Vaccination in Bombay 1924-1928 - 1924-1928
Year: 1924
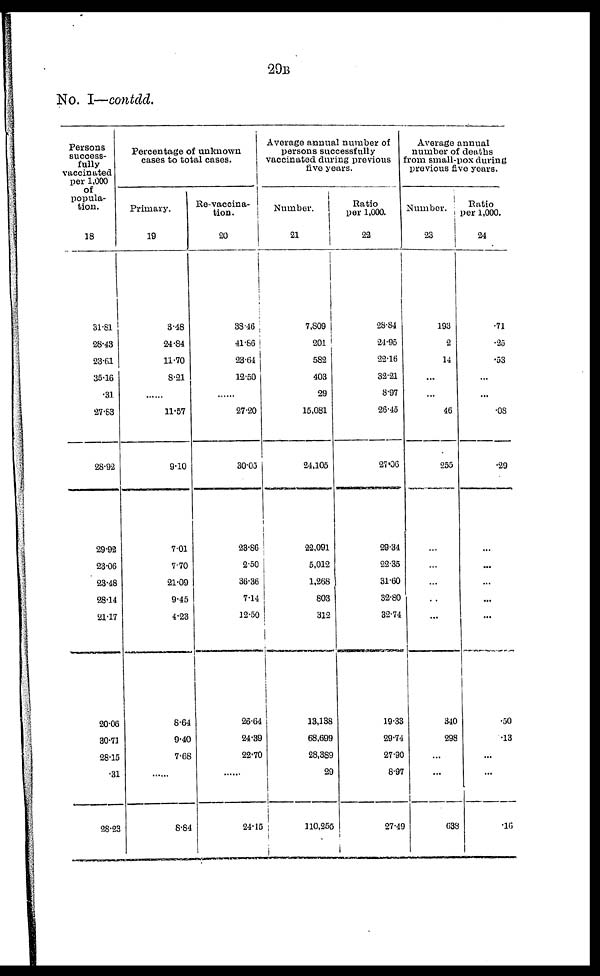
29B
No. I—contdd.
Persons
success-
fully
vaccinated
per 1,000
of
popula-
tion.
18
31.81
28.43
23.61
35.16
.31
27.83
28.92
29.92
23.06
23.48
28.14
21.17
20.06
30.71
28.15
.31
28.23
Percentage of unknown
cases to total cases.
Primary.
19
3.48
24.84
11.70
8.21
......
11.57
9.10
7.01
7.70
21.09
9.45
4.23
8.64
9.40
7.68
......
6.64
Re-vaccina-
tion.
20
38.16
41.66
23.64
12.50
......
27.20
30.05
23.86
2.50
36.36
7.14
12.50
26.64
24.39
22.70
......
24.15
Average annual number of
persons successfully
vaccinated during previous
five years.
Number.
21
7,809
201
582
403
29
15,081
24,105
22,091
5,012
1,268
803
312
13,138
68,699
28,389
29
110,255
Ratio
per 1,000.
22
28.84
24.95
22.16
32.21
8.97
26.45
27.06
29.34
22.35
31.60
32.80
32.74
19.33
29.74
27.90
8.97
27.49
Average annual
number of deaths
from small-pox during
previous five years.
Number.
23
193
2
14
...
...
46
255
...
...
...
...
...
340
298
...
...
638
Ratio
per 1,000.
24
.71
.25
.53
...
...
.08
.29
...
...
...
...
...
.50
.13
...
...
.16